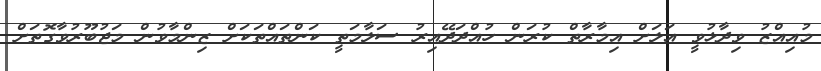
މުއިއްޒު ވިދާޅުވީ އަލަށް އިމާރާތް ކުރަން ހުއްދަދޭއިރު ސަލާމަތީ ކަންތައްތަކަށް ޒިންމާވުން މަޖުބޫރުވާގޮތަށް